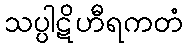
သပ္ပါဋိဟီရကတံ